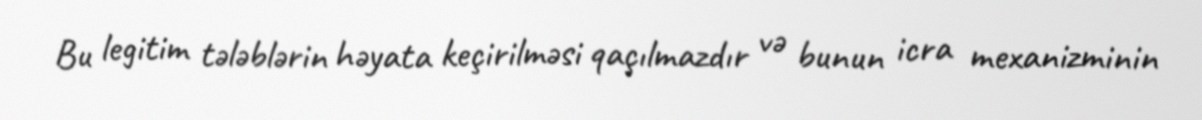
Bu legitim tələblərin həyata keçirilməsi qaçılmazdır və bunun icra mexanizminin